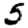
Digit: 5